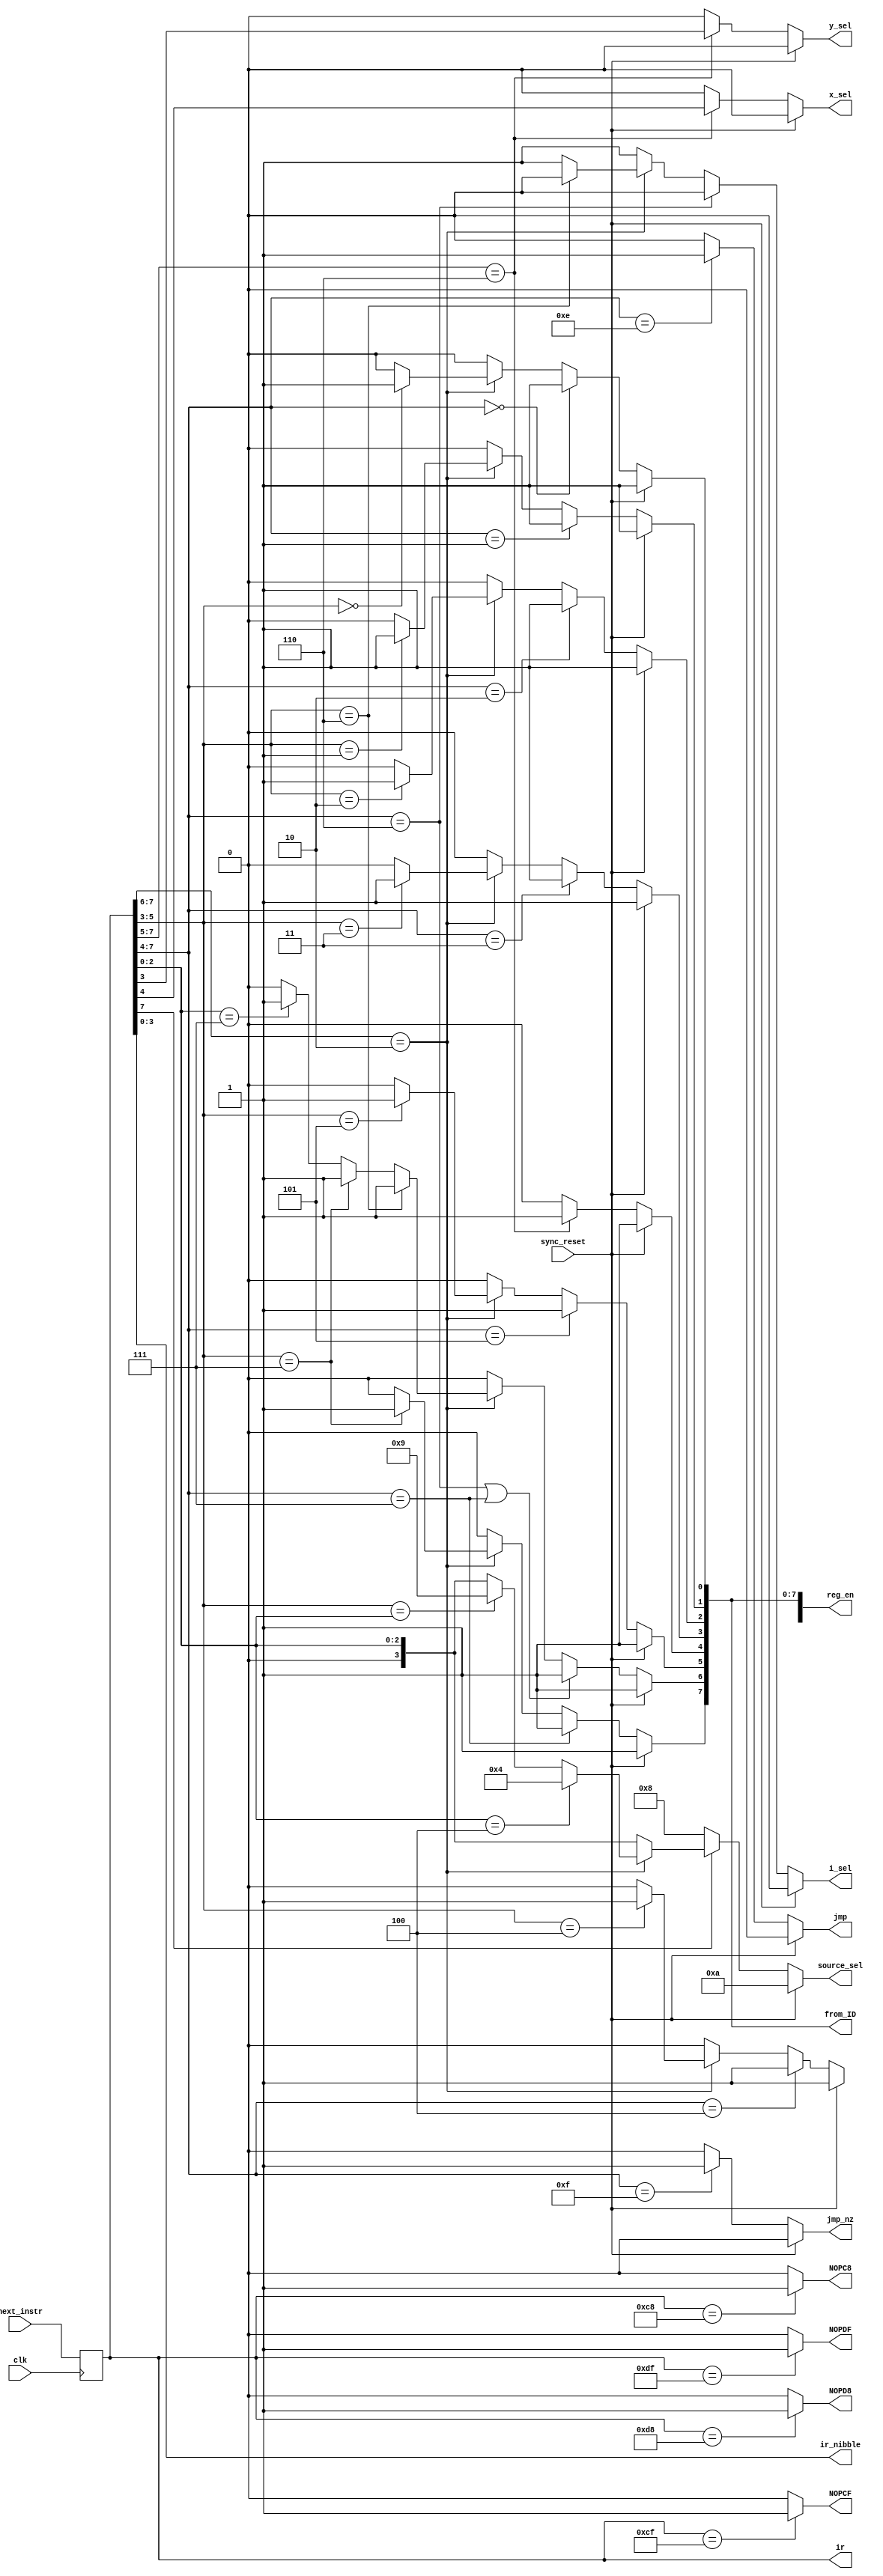
module Instruction_decoder_Q6b(clk, sync_reset, next_instr, jmp, jmp_nz, ir_nibble, i_sel, y_sel, x_sel, source_sel, reg_en,
									ir, from_ID, NOPC8, NOPCF, NOPD8, NOPDF);
input clk, sync_reset;
input [7:0] next_instr;
output reg jmp, jmp_nz, i_sel, y_sel, x_sel, NOPC8, NOPCF, NOPD8, NOPDF;
output reg [3:0] ir_nibble, source_sel;
output reg [7:0] ir, from_ID;
output reg [8:0] reg_en;

always @ *
from_ID = reg_en[7:0];

always @ *
if (ir == 8'hC8)
	NOPC8 = 1'b1;
else
	NOPC8 = 1'b0;

always @ *
if (ir == 8'hCF)
	NOPCF = 1'b1;
else
	NOPCF = 1'b0;

always @ *
if (ir == 8'hD8)
	NOPD8 = 1'b1;
else
	NOPD8 = 1'b0;

always @ *
if (ir == 8'hDF)
	NOPDF = 1'b1;
else
	NOPDF = 1'b0;

//instruction register
always @ (posedge clk)
ir = next_instr;

//ir_nibble
always @ *
ir_nibble = ir[3:0];

//////////////////////
// register enables //
//////////////////////

//o_reg
always @ *
if (sync_reset == 1'b1)
	reg_en[8] = 1'b1;
else if (ir[7:4] == 4'd4)
	reg_en[8] = 1'b1;
else if (ir[7:6] == 2'b10)
	if (ir[5:3] == 3'd4)
		reg_en[8] = 1'b1;
	else
		reg_en[8] = 1'b0;
else
	reg_en[8] = 1'b0;	

//dm
always @ *
if (sync_reset == 1'b1)
	reg_en[7] = 1'b1;
else if (ir[7:4] == 4'd7)
	reg_en[7] = 1'b1;
else if (ir[7:6] == 2'b10)
	if (ir[5:3] == 3'd7)
		reg_en[7] = 1'b1;
	else
		reg_en[7] = 1'b0;
else
	reg_en[7] = 1'b0;	

//i
always @ *
if (sync_reset == 1'b1)
	reg_en[6] = 1'b1;
else if ((ir[7:4] == 4'd6) || (ir[7:4] == 4'd7))
	reg_en[6] = 1'b1;
else if (ir[7:6] == 2'b10)
	if (ir[5:3] == 3'd6)
		reg_en[6] = 1'b1;
	else if (ir[5:3] == 3'd7)
		reg_en[6] = 1'b1;
	else if (ir[2:0] == 3'd7)
		reg_en[6] = 1'b1;
	else
		reg_en[6] = 1'b0;
else
	reg_en[6] = 1'b0;

//m
always @ *
if (sync_reset == 1'b1)
	reg_en[5] = 1'b1;
else if (ir[7:4] == 4'd5)
	reg_en[5] = 1'b1;
else if (ir[7:6] == 2'b10)
	if (ir[5:3] == 3'd5)
		reg_en[5] = 1'b1;
	else
		reg_en[5] = 1'b0;
else
	reg_en[5] = 1'b0;
	
//r
always @ *
if (sync_reset == 1'b1)
	reg_en[4] = 1'b1;
else if (ir[7:5] == 3'b110)
	reg_en[4] = 1'b1;
else
	reg_en[4] = 1'b0;

//y1
always @ *
if (sync_reset == 1'b1)
	reg_en[3] = 1'b1;
else if (ir[7:4] == 4'd3)
	reg_en[3] = 1'b1;
else if (ir[7:6] == 2'b10)
	if (ir[5:3] == 3'd3)
		reg_en[3] = 1'b1;
	else
		reg_en[3] = 1'b0;
else
	reg_en[3] = 1'b0;

//y0
always @ *
if (sync_reset == 1'b1)
	reg_en[2] = 1'b1;
else if (ir[7:4] == 4'd2)
	reg_en[2] = 1'b1;
else if (ir[7:6] == 2'b10)
	if (ir[5:3] == 3'd2)
		reg_en[2] = 1'b1;
	else
		reg_en[2] = 1'b0;
else
	reg_en[2] = 1'b0;

//x1
always @ *
if (sync_reset == 1'b1)
	reg_en[1] = 1'b1;
else if (ir[7:4] == 4'd1)
	reg_en[1] = 1'b1;
else if (ir[7:6] == 2'b10)
	if (ir[5:3] == 3'd1)
		reg_en[1] = 1'b1;
	else
		reg_en[1] = 1'b0;
else
	reg_en[1] = 1'b0;	
	
//x0
always @ *
if (sync_reset == 1'b1)
	reg_en[0] = 1'b1;
else if (ir[7:4] == 4'd0)
	reg_en[0] = 1'b1;
else if (ir[7:6] == 2'b10)
	if (ir[5:3] == 3'd0)
		reg_en[0] = 1'b1;
	else
		reg_en[0] = 1'b0;
else
	reg_en[0] = 1'b0;	

/////////////////////

//source_sel
always @ *
if (sync_reset == 1'b1)
	source_sel = 4'd10;
else if (ir[7] == 1'b0)
	source_sel = 4'd8;
else if (ir[7:6] == 2'b10)
	if (ir[2:0] == 3'd4)
		source_sel = 4'd4;
	else if (ir[5:3] == ir[2:0])
		source_sel = 4'd9;
	else
		source_sel = {1'b0,ir[2:0]};
else
	source_sel = {1'b0,ir[2:0]};
	
//////////////////////
// decoding selects //
//////////////////////

//i
always @ *
if (sync_reset == 1'b1)
	i_sel = 1'b0;
else if (ir[7:4] == 4'd6)
	i_sel = 1'b0;
else if (ir[7:6] == 2'b10)
	if (ir[5:3] == 3'd6)
		i_sel = 1'b0;
	else
		i_sel = 1'b1;
else
	i_sel = 1'b1;

//x
always @ *
if (sync_reset == 1'b1)
	x_sel = 1'b0;
else if (ir[7:5] == 3'b110)
	x_sel = ir[4];
else
	x_sel = 1'b0;

//y
always @ *
if (sync_reset == 1'b1)
	y_sel = 1'b0;
else if (ir[7:5] == 3'b110)
	y_sel = ir[3];
else
	y_sel = 1'b0;
	
//////////////////////
// instruction type //
//////////////////////

//jmp
always @ *
if (sync_reset == 1'b1)
	jmp = 1'b0;
else if (ir[7:4] == 4'b1110)
	jmp = 1'b1;
else
	jmp = 1'b0;

//jmp_nz
always @ *
if (sync_reset == 1'b1)
	jmp_nz = 1'b0;
else if (ir[7:4] == 4'b1111)
	jmp_nz = 1'b1;
else
	jmp_nz = 1'b0;
	
endmodule